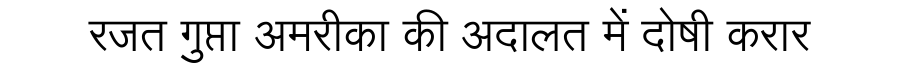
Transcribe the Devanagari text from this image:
रजत गुप्ता अमरीका की अदालत में दोषी करार